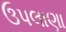
ઉપલાણા